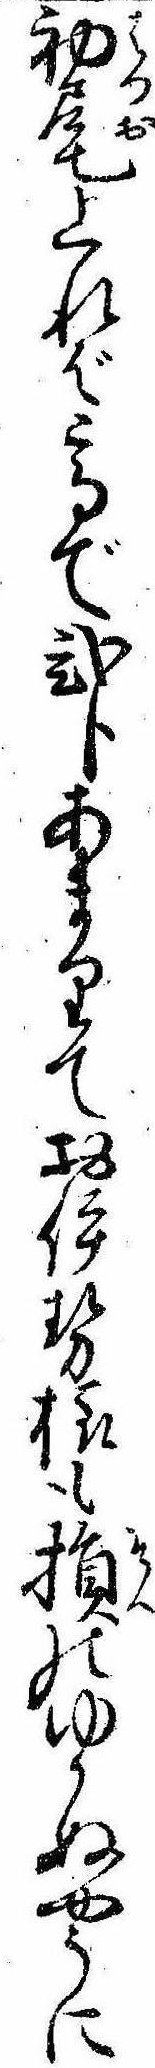
初尾上れば高で弐分あまりてお伊勢様も損のゆかぬやうに